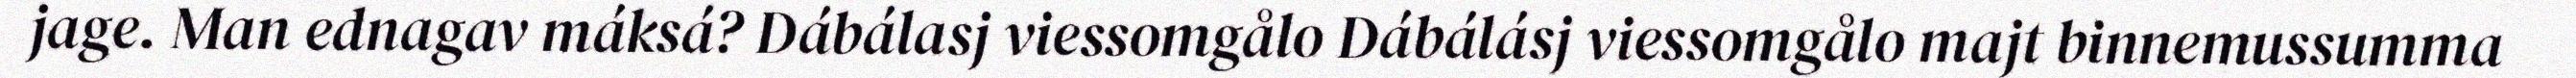
jage. Man ednagav máksá? Dábálasj viessomgålo Dábálásj viessomgålo majt binnemussumma